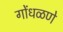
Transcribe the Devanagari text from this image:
गोंधळणे